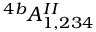
^ { 4 b } A _ { 1 , 2 3 4 } ^ { I I }